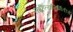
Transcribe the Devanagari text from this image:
साहित्यनिर्मितीचे